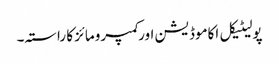
پولیٹیکل اکاموڈیشن اور کمپرومائز کا راستہ۔